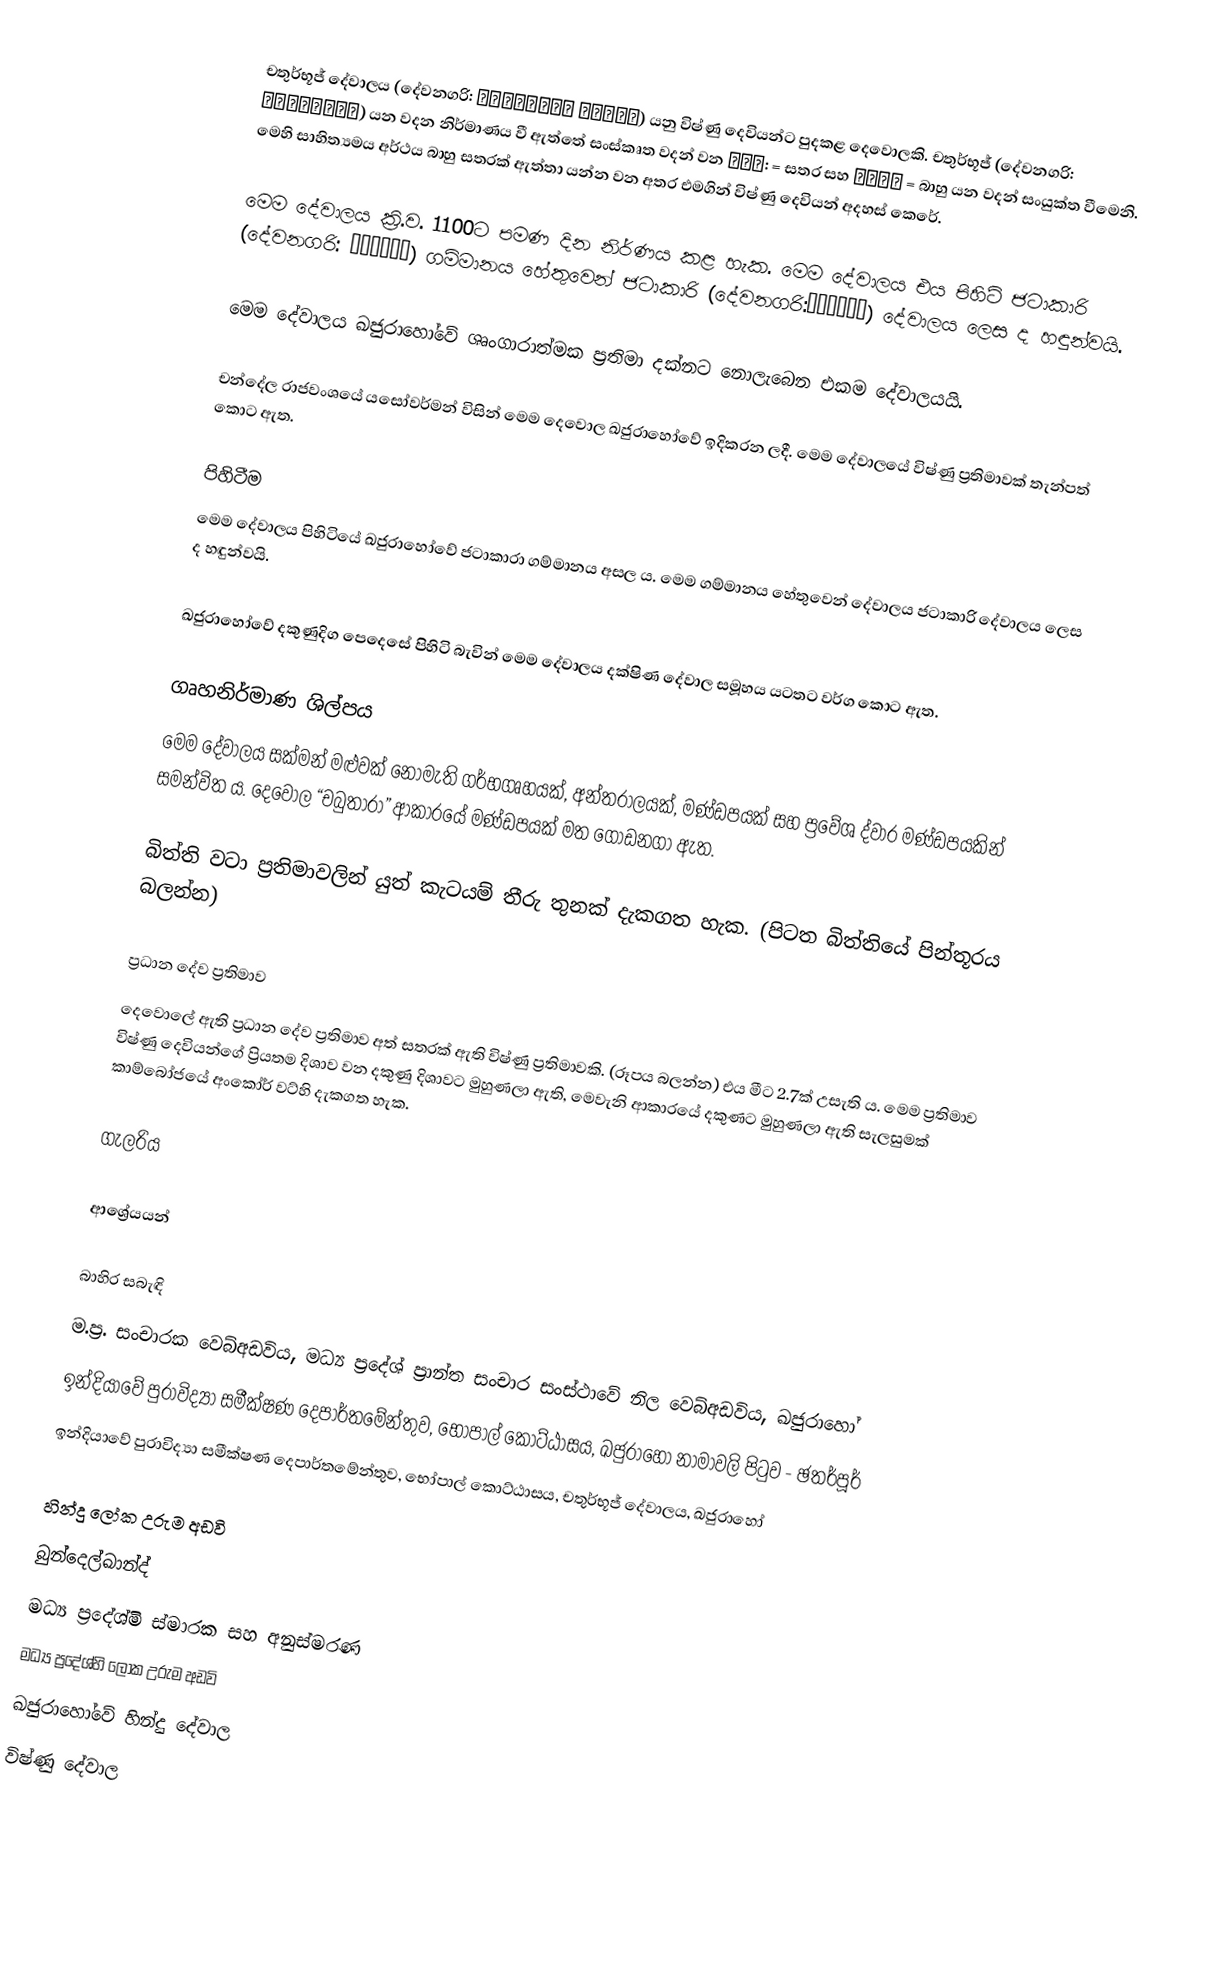
චතුර්භූජ් දේවාලය (දේවනගරි: चतुर्भुज मंदिर) යනු විෂ්ණු දෙවියන්ට පුදකළ දෙවොලකි. චතුර්භූජ් (දේවනගරි: चतुर्भुज) යන වදන නිර්මාණය වී ඇත්තේ සංස්කෘත වදන් වන चतु: = සතර සහ भुजा = බාහු යන වදන් සංයුක්ත වීමෙනි. මෙහි සාහිත්‍යමය අර්ථය බාහු සතරක් ඇත්තා යන්න වන අතර එමගින් විෂ්ණු දෙවියන් අදහස් කෙරේ.

මෙම දේවාලය ක්‍රි.ව. 1100ට පමණ දින නිර්ණය කළ හැක. මෙම දේවාලය එය පිහිටි ජටාකාරි (දේවනගරි: जटकारी) ගම්මානය හේතුවෙන් ජටාකාරි (දේවනගරි:जटकारी) දේවාලය ලෙස ද හඳුන්වයි.

මෙම දේවාලය ඛජුරාහෝවේ ශෘංගාරාත්මක ප්‍රතිමා දක්නට නොලැබෙන එකම‍ දේවාලයයි.

චන්දේල රාජවංශයේ යසෝවර්මන් විසින් මෙම දෙවොල ඛජුරාහෝවේ ඉදිකරන ලදී. මෙම දේවාලයේ විෂ්ණු ප්‍රතිමාවක් තැන්පත් කොට ඇත.

පිහිටීම
මෙම දේවාලය පිහිටියේ ඛජුරාහෝවේ ජටාකාරා ගම්මානය අසල ය. මෙම ගම්මානය හේතුවෙන් දේවාලය ජටාකාරි දේවාලය ලෙස ද හඳුන්වයි.

ඛජුරාහෝවේ දකුණුදිග පෙදෙසේ පිහිටි බැවින් මෙම දේවාලය දක්ෂිණ දේවාල සමූහය යටතට වර්ග කොට ඇත.

ගෘහනිර්මාණ ශිල්පය
මෙම දේවාලය සක්මන් මළුවක් නොමැති ගර්භගෘහයක්, අන්තරාලයක්, මණ්ඩපයක් සහ ප්‍රවේශ ද්වාර මණ්ඩපයකින් සමන්විත ය. දෙවොල “චබුතාරා” ආකාරයේ මණ්ඩපයක් මත ගොඩනගා ඇත.

බිත්ති වටා ප්‍රතිමාවලින් යුත් කැටයම් තීරු තුනක් දැකගත හැක. (පිටත බිත්තියේ පින්තූරය බලන්න)

ප්‍රධාන දේව ප්‍රතිමාව
දෙවොලේ ඇති ප්‍රධාන දේව ප්‍රතිමාව අත් සතරක් ඇති විෂ්ණු ප්‍රතිමාවකි. (රූපය බලන්න) එය මීට 2.7ක් උසැති ය. මෙම ප්‍රතිමාව විෂ්ණු දෙවියන්ගේ ප්‍රියතම දිශාව වන දකුණු දිශාවට මුහුණලා ඇති, මෙවැනි ආකාරයේ දකුණට මුහුණලා ඇති සැලසුමක් කාම්බෝජයේ අංකෝර් වට්හි දැකගත හැක.

ගැලරිය

ආශ්‍රේයයන්

බාහිර සබැඳි
 ම.ප්‍ර. සංචාරක වෙබ්අඩවිය, මධ්‍ය ප්‍රදේශ් ප්‍රාන්ත සංචාර සංස්ථාවේ නිල වෙබ්අඩවිය, ඛජුරාහෝ
 ඉන්දියාවේ පුරාවිද්‍යා සමීක්ෂණ දෙපාර්තමේන්තුව, භෝපාල් කොට්ඨාසය, ඛජුරාහෝ නාමාවලි පිටුව - ඡතර්පූර්
 ඉන්දියාවේ පුරාවිද්‍යා සමීක්ෂණ දෙපාර්තමේන්තුව, භෝපාල් කොට්ඨාසය, චතුර්භූජ් දේවාලය, ඛජුරාහෝ

හින්දු ‍ලෝක උරුම අඩවි
බුන්දෙල්ඛාන්ද්
මධ්‍ය ප්‍රදේශ්මි ස්මාරක සහ අනුස්මරණ
මධ්‍ය ප්‍රදේශ්හි ලෝක උරුම අඩවි
ඛජුරාහෝවේ හින්දු දේවාල
විෂ්ණු දේවාල